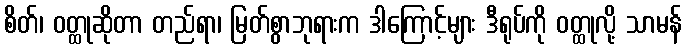
စိတ်၊ ဝတ္ထုဆိုတာ တည်ရာ၊ မြတ်စွာဘုရားက ဒါကြောင့်များ ဒီရုပ်ကို ဝတ္ထုလို့ သာမန်